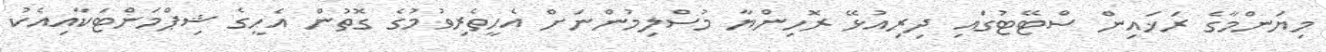
މިޔަންމާގެ ރަޚައިން ސްޓޭޓުގައި ދިރިއުޅޭ ރޮހިންޔާ މުސްލިމުންނަށް އެހީތެރިވުމުގެ ގޮތުން އެހީގެ ޝިޕްމަންޓަކާއިއެކު